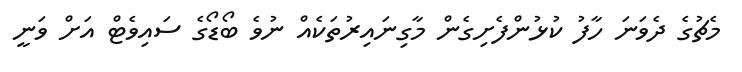
މެޗުގެ ދެވަނަ ހާފު ކުޅުންފެށިގެން މާގިނައިރުތަކެއް ނުވެ ބޯޑޯގެ ސައިވެޓް އަށް ވަނީ